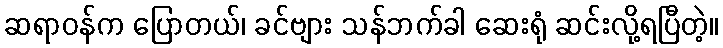
ဆရာဝန်က ပြောတယ်၊ ခင်ဗျား သန်ဘက်ခါ ဆေးရုံ ဆင်းလို့ရပြီတဲ့။